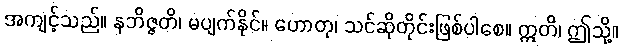
အကျင့်သည်။ နဘိဇ္ဇတိ၊ မပျက်နိုင်။ ဟောတု၊ သင်ဆိုတိုင်းဖြစ်ပါစေ။ ဣတိ၊ ဤသို့။